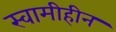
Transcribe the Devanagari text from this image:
स्वामीहीन